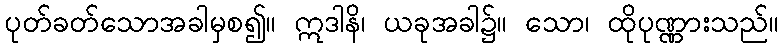
ပုတ်ခတ်သောအခါမှစ၍။ ဣဒါနိ၊ ယခုအခါ၌။ သော၊ ထိုပုဏ္ဏားသည်။